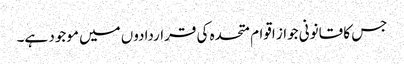
جس کا قانونی جواز اقوام متحدہ کی قراردادوں میں موجود ہے۔